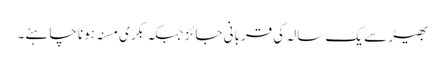
بھیڑ سے یک سالہ کی قربانی جائز جبکہ بکری مسنہ ہونا چاہئے۔